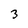
Character: 3